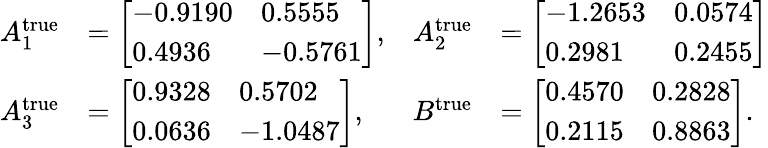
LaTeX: \begin{array}{rlrl}{A_{1}^{\textrm{true}}}&{=\left[\begin{array}{ll}{-0.9190}&{0.5555}\\ {0.4936}&{-0.5761}\end{array}\right],}&{A_{2}^{\textrm{true}}}&{=\left[\begin{array}{ll}{-1.2653}&{0.0574}\\ {0.2981}&{0.2455}\end{array}\right]}\\ {A_{3}^{\textrm{true}}}&{=\left[\begin{array}{ll}{0.9328}&{0.5702}\\ {0.0636}&{-1.0487}\end{array}\right],}&{B^{\textrm{true}}}&{=\left[\begin{array}{ll}{0.4570}&{0.2828}\\ {0.2115}&{0.8863}\end{array}\right].}\end{array}